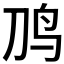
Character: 𱉈